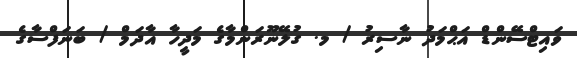
ވައިޓްސޭންޑް އަޙްމަދު ނާސިރު / މ. ގުލޭނޫރަންމާގެ މަދީހާ އާދަމް / ބަނަފްސާގެ